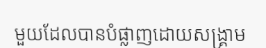
មួយដែលបានបំផ្លាញដោយសង្គ្រាម